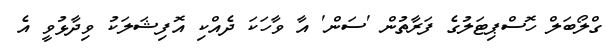
ގްލޯބަލް ހޮސްޕިޓަލުގެ ފަރާތުން 'ސަން' އާ ވާހަކަ ދެއްކި އޮފިޝަލަކު ވިދާޅުވީ އެ